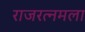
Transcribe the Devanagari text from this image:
राजरत्नमला